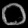
Digit: ၀